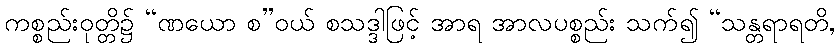
ကစ္စည်းဝုတ္တိ၌ “ဏယော စ”ဝယ် စသဒ္ဒါဖြင့် အာရ အာလပစ္စည်း သက်၍ “သန္တရာရတိ,